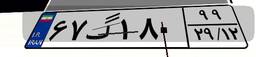
۶۷گ۱۸۰۹۹